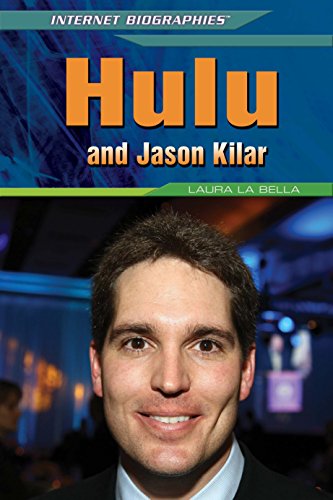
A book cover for Hulu and Jason Kilar (Internet Biographies); Laura La Bella; Teen & Young Adult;